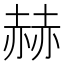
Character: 赫